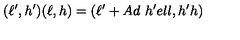
( \ell ^ { \prime } , h ^ { \prime } ) ( \ell , h ) = ( \ell ^ { \prime } + A d \ h ^ { \prime } e l l , h ^ { \prime } h )